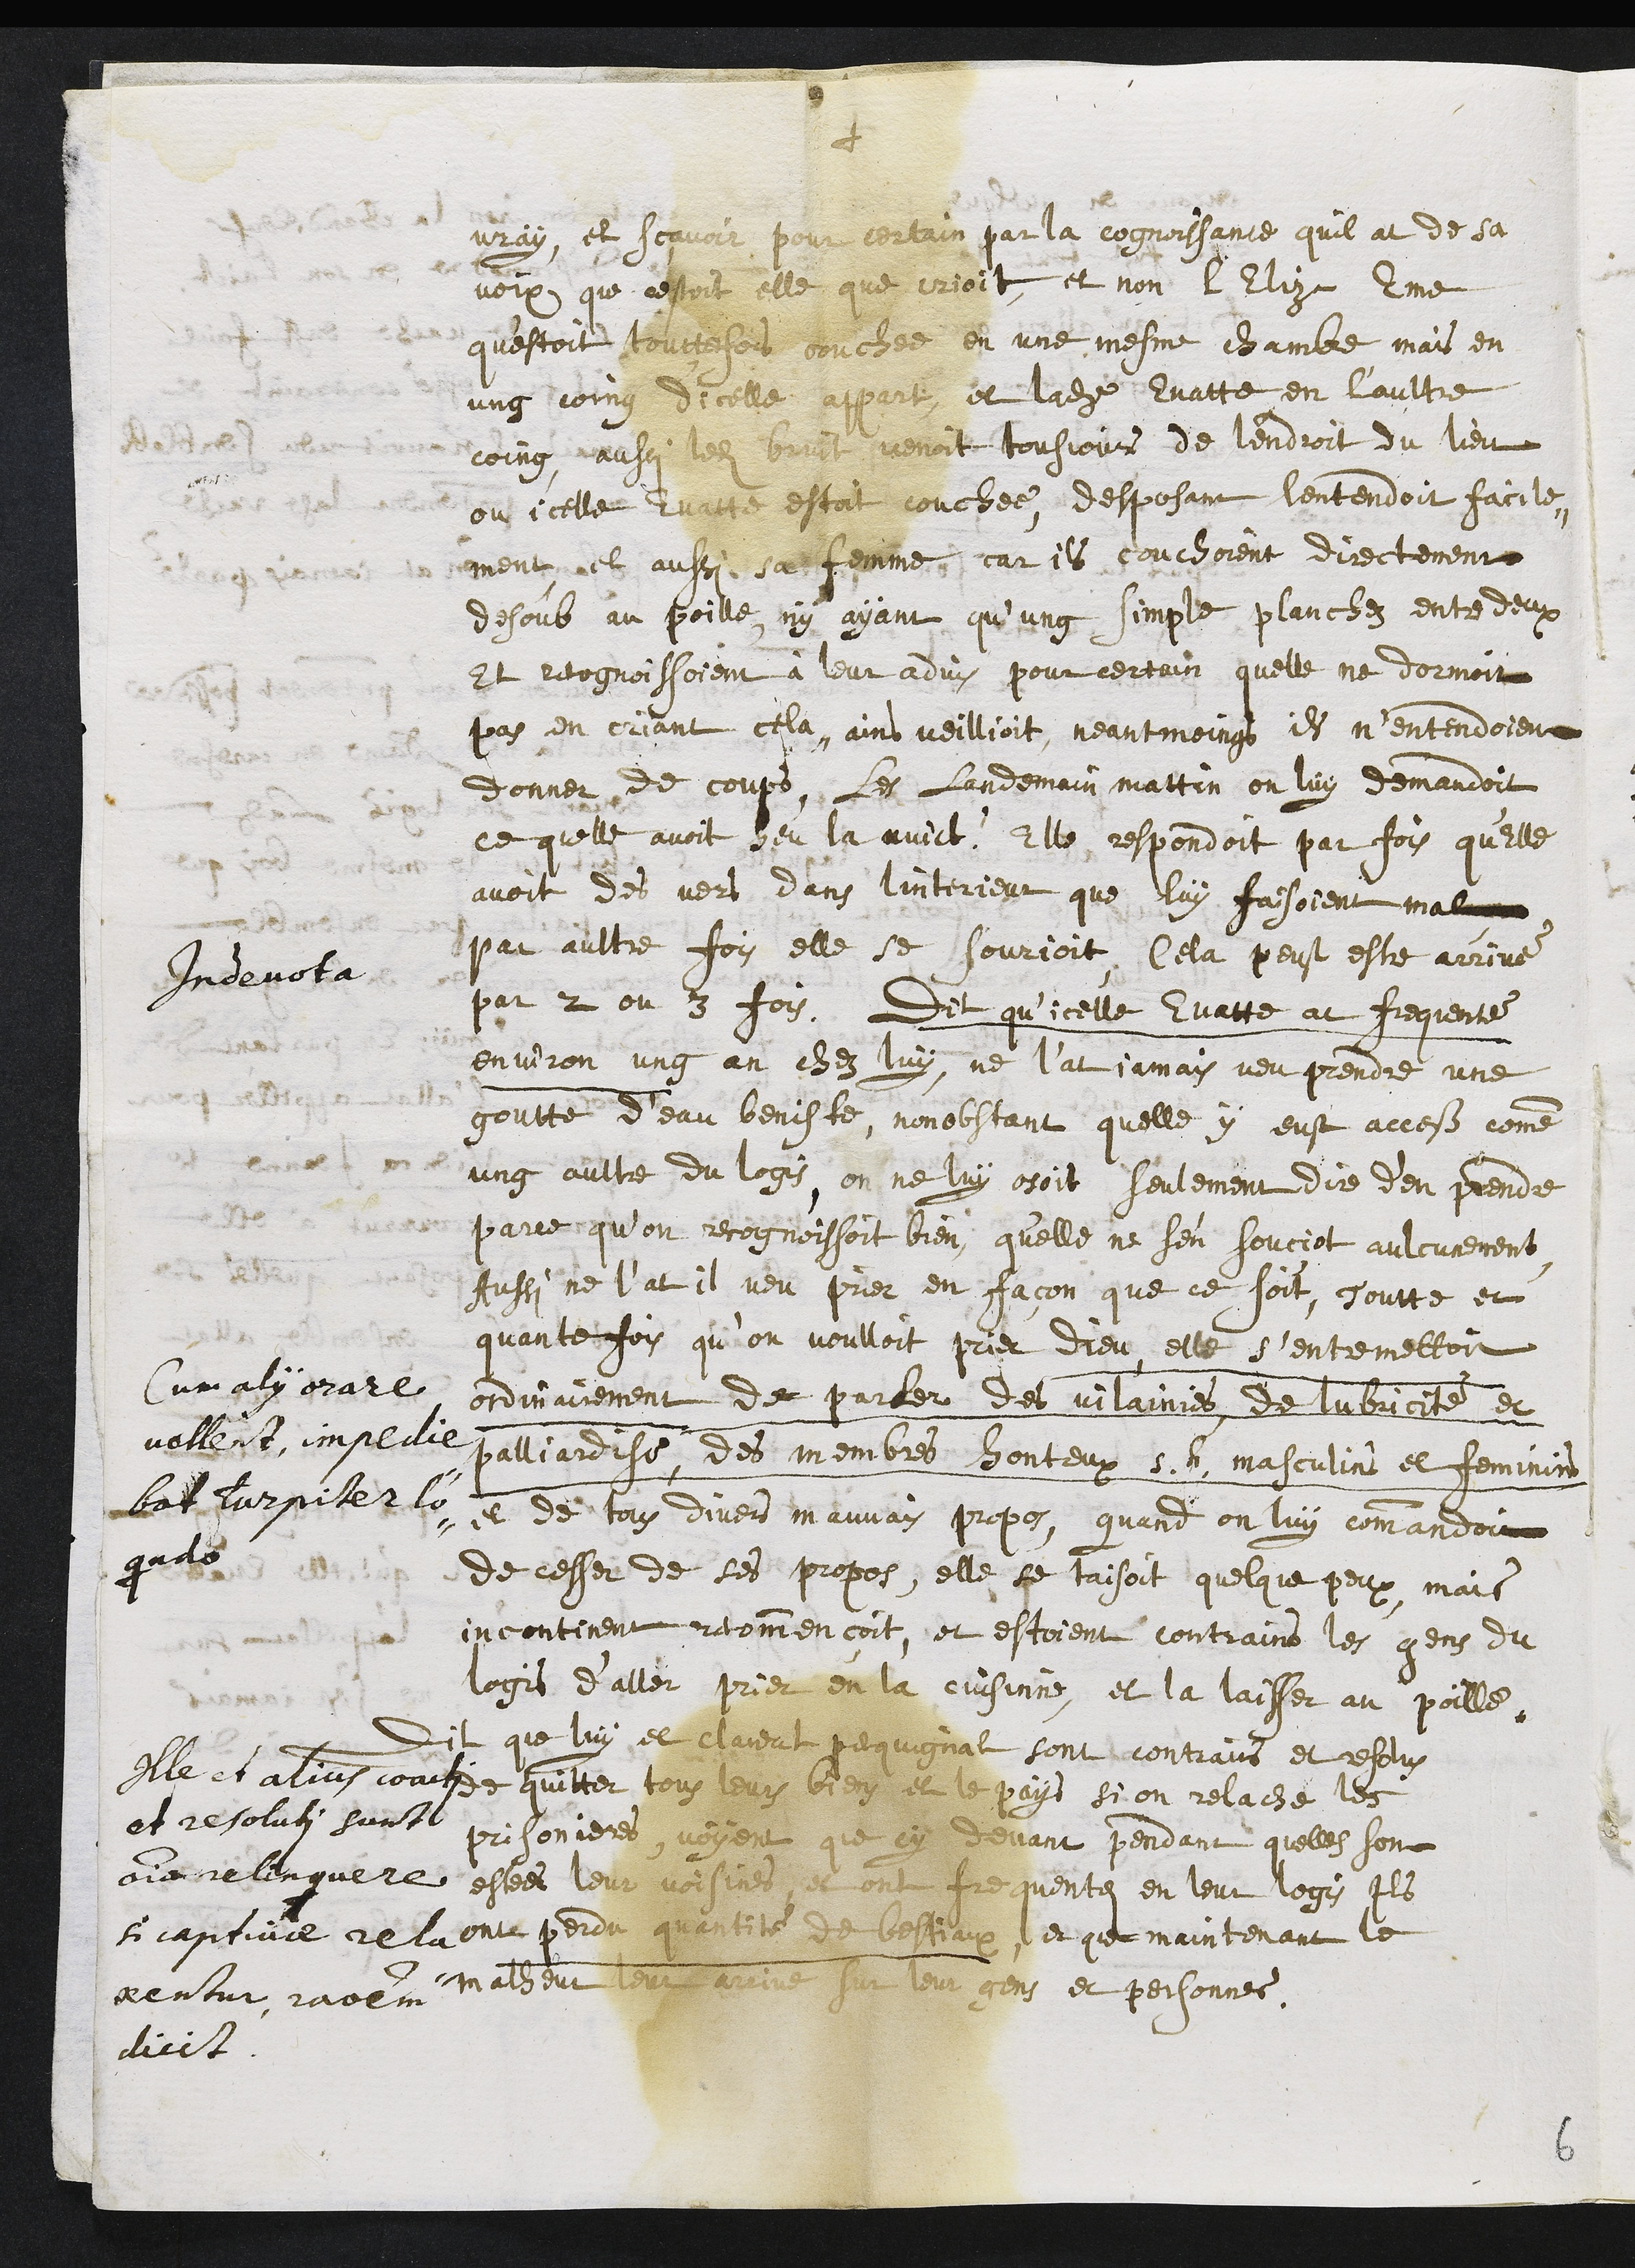
+
vray, et scavoir pour certain par la cognoissance quil at de sa
voix que cestoit elle que crioit, et non l'Elize Eme
qu'estoit touttefois couchee en une mesme chambre, mais en
ung coing d'icelle appart, et ladite Evatte en l’aultre
coing, aussi ledit bruit venoit tousjours de lendroit du lieu,
ou icelle Evatte estoit coucheé, desposant lentendoit facile¬
ment, et aussi sa femme, car ils couchoient directement
desoub au poille, ny ayant qu’ung simple planchez entre deux
Et recognoissoient à leur advis pour certain quelle ne dormoit
pas en criant cela, ains veillioit, neantmoings, ils n’entendoient
donner de coups, les landemain mattin, on luy demandoit
ce quelle avoit heu la nuict ? Elle respondoit par fois qu’Elle
avoit des vers dans linterieur que luy faisoient mal
par aultre fois elle se sourioit, Cela peust estre arrivé
par 2 ou 3 fois.
Indevota
Cum alii orare
vollent, impedie¬
bat turpiter lo¬
quando
Dit qu’icelle Evatte at frequenté
environ ung an chez luy, ne l’at jamais veu prendre une
goutte deau beniste, nonobstant quelle y eust access comme
ung aultre du logis, on ne luy osoit seulement dire d’en prendre
parce qu’on recognoissoit bien, qu'elle ne s’en souciot aulcunement
Aussi ne l’at il veu prier en façon que ce soit, Toutte et
quantefois qu’on voulloit prier dieu, elle s’entremettoit
ordinairement de parler des vilainies, de lubricité et
palliardise des membres honteux s. h. masculins et feminins
et de tous divers mauvais propos, quand on luy commandoit
de cesser de ses propos, elle se taisoit quelque peux, mais
incontinent recommençoit, et estoient contrains les gens du
logis d’aller prier en la cuisinne, et la laisser au poille.
Ille et alius coacti
et resoluti sunt
omnino relinquere
si captivae rela¬
xentur rationem
dicit
Dit que luy et claudat pequignat sont contrains et resolus
de quitter tous leurs biens et le pays si on relache les
prisonieres, voyent que cy devant pendant quelles sont
estees leur voisines et ont frequentes en leur logis Ils
ont perdu quantité de bestiaux, et que maintenant le
malheur leur arrive sur leur gens et personnes
6